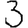
Digit: 3